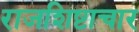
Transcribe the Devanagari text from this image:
राजशिष्टाचार